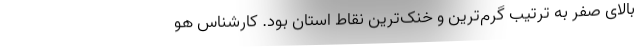
بالای صفر به ترتیب گرم‌ترین و خنک‌ترین نقاط استان بود. کارشناس هو